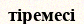
тіремесі